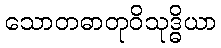
သောတဓာတုဝိသုဒ္ဓိယာ